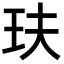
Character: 玞